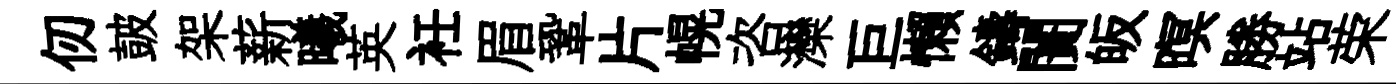
仞皷架薪曦英衽眉鞏片幌咨灤巨懶鑄闠皈暝勝站荣